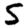
Digit: 5